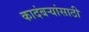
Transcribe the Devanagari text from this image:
कादंबऱ्यांसाठी